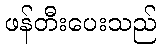
ဖန်တီးပေးသည်